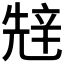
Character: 𰺧